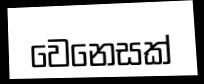
වෙනෙසක්